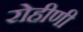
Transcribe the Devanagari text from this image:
रोहीणी